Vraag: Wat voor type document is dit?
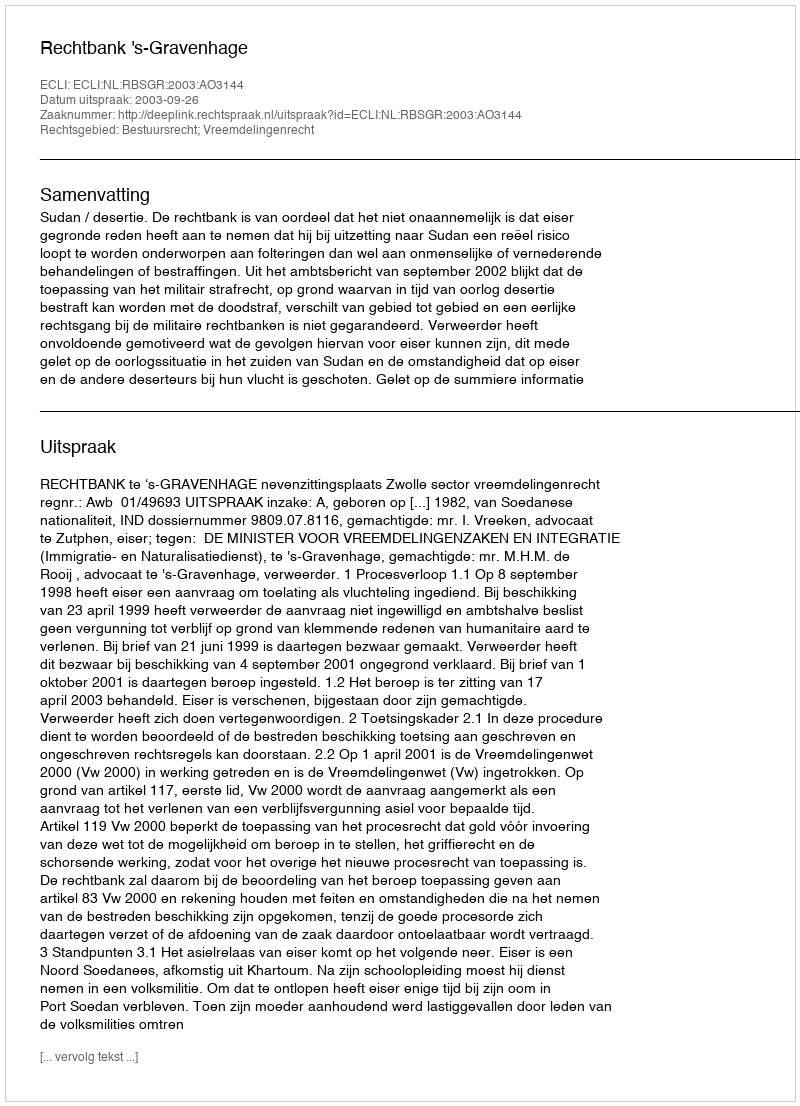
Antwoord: Uitspraak